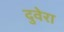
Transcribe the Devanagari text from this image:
दुवेरा